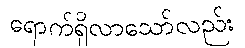
ရောက်ရှိလာသော်လည်း